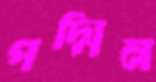
পদ্মিন